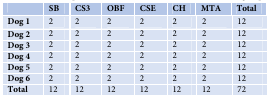
<table><thead><tr><td></td><td><b>SB</b></td><td><b>CS3</b></td><td><b>OBF</b></td><td><b>CSE</b></td><td><b>CH</b></td><td colspan="2"><b>MTA</b></td><td colspan="2"><b>Total</b></td></tr></thead><tbody><tr><td><b>Dog 1</b></td><td>2</td><td>2</td><td>2</td><td>2</td><td colspan="2">2</td><td colspan="2">2</td><td colspan="2">12</td></tr><tr><td><b>Dog 2</b></td><td>2</td><td>2</td><td>2</td><td>2</td><td colspan="2">2</td><td colspan="2">2</td><td colspan="2">12</td></tr><tr><td><b>Dog 3</b></td><td>2</td><td>2</td><td>2</td><td>2</td><td colspan="2">2</td><td colspan="2">2</td><td colspan="2">12</td></tr><tr><td><b>Dog 4</b></td><td>2</td><td>2</td><td>2</td><td>2</td><td colspan="2">2</td><td colspan="2">2</td><td colspan="2">12</td></tr><tr><td><b>Dog 5</b></td><td>2</td><td>2</td><td>2</td><td>2</td><td colspan="2">2</td><td colspan="2">2</td><td colspan="2">12</td></tr><tr><td><b>Dog 6</b></td><td>2</td><td>2</td><td>2</td><td>2</td><td colspan="2">2</td><td colspan="2">2</td><td colspan="2">12</td></tr><tr><td><b>Total</b></td><td>12</td><td>12</td><td>12</td><td>12</td><td colspan="2">12</td><td colspan="2">12</td><td colspan="2">72</td></tr></tbody></table>